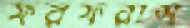
ফরফরাস